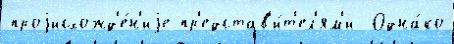
проjисхожд'е́н'иjе пр'едстав'и́т'ел'ям'и  Одна́ко